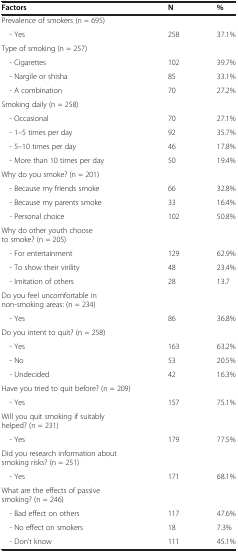
<table><thead><tr><td><b>Factors</b></td><td><b>N</b></td><td><b>%</b></td></tr></thead><tbody><tr><td>Prevalence of smokers (n = 695)</td><td> </td><td> </td></tr><tr><td> - Yes</td><td>258</td><td>37.1%</td></tr><tr><td>Type of smoking (n = 257)</td><td> </td><td> </td></tr><tr><td> - Cigarettes</td><td>102</td><td>39.7%</td></tr><tr><td> - Nargile or shisha</td><td>85</td><td>33.1%</td></tr><tr><td> - A combination</td><td>70</td><td>27.2%</td></tr><tr><td>Smoking daily (n = 258)</td><td> </td><td> </td></tr><tr><td> - Occasional</td><td>70</td><td>27.1%</td></tr><tr><td> - 1–5 times per day</td><td>92</td><td>35.7%</td></tr><tr><td> - 5–10 times per day</td><td>46</td><td>17.8%</td></tr><tr><td> - More than 10 times per day</td><td>50</td><td>19.4%</td></tr><tr><td>Why do you smoke? (n = 201)</td><td> </td><td> </td></tr><tr><td> - Because my friends smoke</td><td>66</td><td>32.8%</td></tr><tr><td> - Because my parents smoke</td><td>33</td><td>16.4%</td></tr><tr><td> - Personal choice</td><td>102</td><td>50.8%</td></tr><tr><td>Why do other youth choose to smoke? (n = 205)</td><td> </td><td> </td></tr><tr><td> - For entertainment</td><td>129</td><td>62.9%</td></tr><tr><td> - To show their virility</td><td>48</td><td>23.4%</td></tr><tr><td> - Imitation of others</td><td>28</td><td>13.7</td></tr><tr><td>Do you feel uncomfortable in non-smoking areas: (n = 234)</td><td> </td><td> </td></tr><tr><td> - Yes</td><td>86</td><td>36.8%</td></tr><tr><td>Do you intent to quit? (n = 258)</td><td> </td><td> </td></tr><tr><td> - Yes</td><td>163</td><td>63.2%</td></tr><tr><td> - No</td><td>53</td><td>20.5%</td></tr><tr><td> - Undecided</td><td>42</td><td>16.3%</td></tr><tr><td>Have you tried to quit before? (n = 209)</td><td> </td><td> </td></tr><tr><td> - Yes</td><td>157</td><td>75.1%</td></tr><tr><td>Will you quit smoking if suitably helped? (n = 231)</td><td> </td><td> </td></tr><tr><td> - Yes</td><td>179</td><td>77.5%</td></tr><tr><td>Did you research information about smoking risks? (n = 251)</td><td> </td><td> </td></tr><tr><td> - Yes</td><td>171</td><td>68.1%</td></tr><tr><td>What are the effects of passive smoking? (n = 246)</td><td> </td><td> </td></tr><tr><td> - Bad effect on others</td><td>117</td><td>47.6%</td></tr><tr><td> - No effect on smokers</td><td>18</td><td>7.3%</td></tr><tr><td> - Don’t know</td><td>111</td><td>45.1%</td></tr></tbody></table>